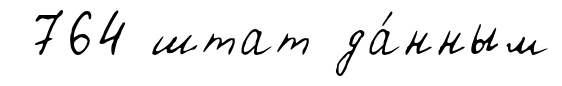
764 штат да́нным